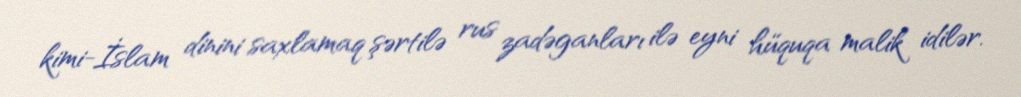
kimi-İslam dinini saxlamaq şərtilə rus zadəganları ilə eyni hüquqa malik idilər.